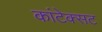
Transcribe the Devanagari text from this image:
कांटेक्सट